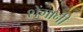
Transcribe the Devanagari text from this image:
शेंगानी